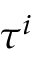
\tau ^ { i }